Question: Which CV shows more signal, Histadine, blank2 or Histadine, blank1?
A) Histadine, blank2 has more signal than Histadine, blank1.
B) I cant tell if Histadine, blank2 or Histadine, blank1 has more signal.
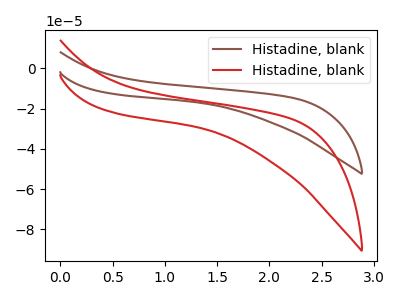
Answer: <think>The brown curve "Histadine, blank1" has no peaks. The red curve "Histadine, blank2" has no peaks.
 Neither "Histadine, blank2" or "Histadine, blank1" have any peaks.</think>
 <answer>B) I cant tell if "Histadine, blank2" or "Histadine, blank1" has more signal.</answer>
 <eval>B</eval>